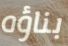
بناؤه